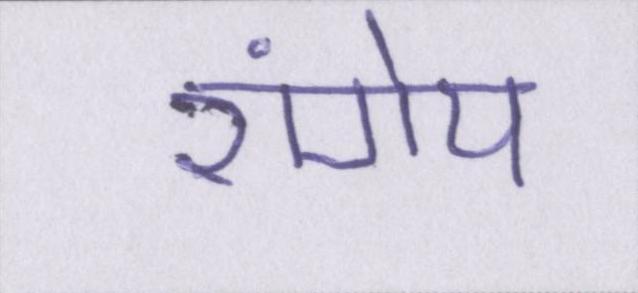
रांगेय